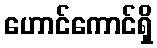
ဟောင်ကောင်ရှိ